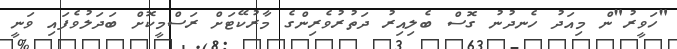
"ހަވީރު"ން މިއަދު ހެނދުނު ގޮސް ބެލިއިރު ދަތުރުވެރިންގެ މާރުކޭޓަށް ރަސްމީކޮށް ބަދަލުވެފައި ވަނީ